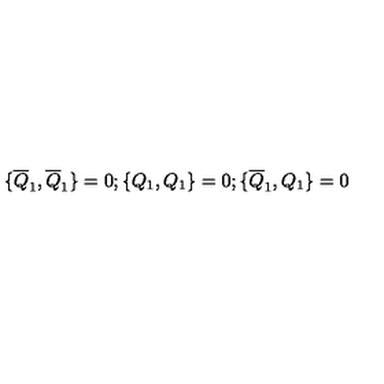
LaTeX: \{ \overline { { Q } } _ { 1 } , \overline { { Q } } _ { 1 } \} = 0 ; \{ Q _ { 1 } , Q _ { 1 } \} = 0 ; \{ \overline { { Q } } _ { 1 } , Q _ { 1 } \} = 0